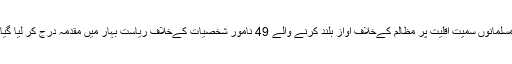
مسلمانوں سمیت اقلیت پر مظالم کےخلاف آواز بلند کرنے والے 49 نامور شخصیات کےخلاف ریاست بہار میں مقدمہ درج کر لیا گیا۔